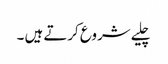
چلیے شروع کرتے ہیں ۔